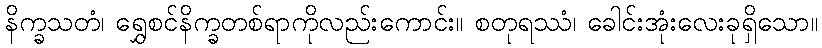
နိက္ခသတံ၊ ရွှေစင်နိက္ခတစ်ရာကိုလည်းကောင်း။ စတုရဿံ၊ ခေါင်းအုံးလေးခုရှိသော။